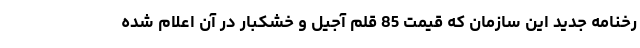
رخنامه جدید این سازمان که قیمت 85 قلم آجیل و خشکبار در آن اعلام شده